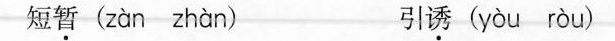
短\underset{·}{暂}( zàn zhàn ) 引\underset{·}{诱}( yòu ròu )